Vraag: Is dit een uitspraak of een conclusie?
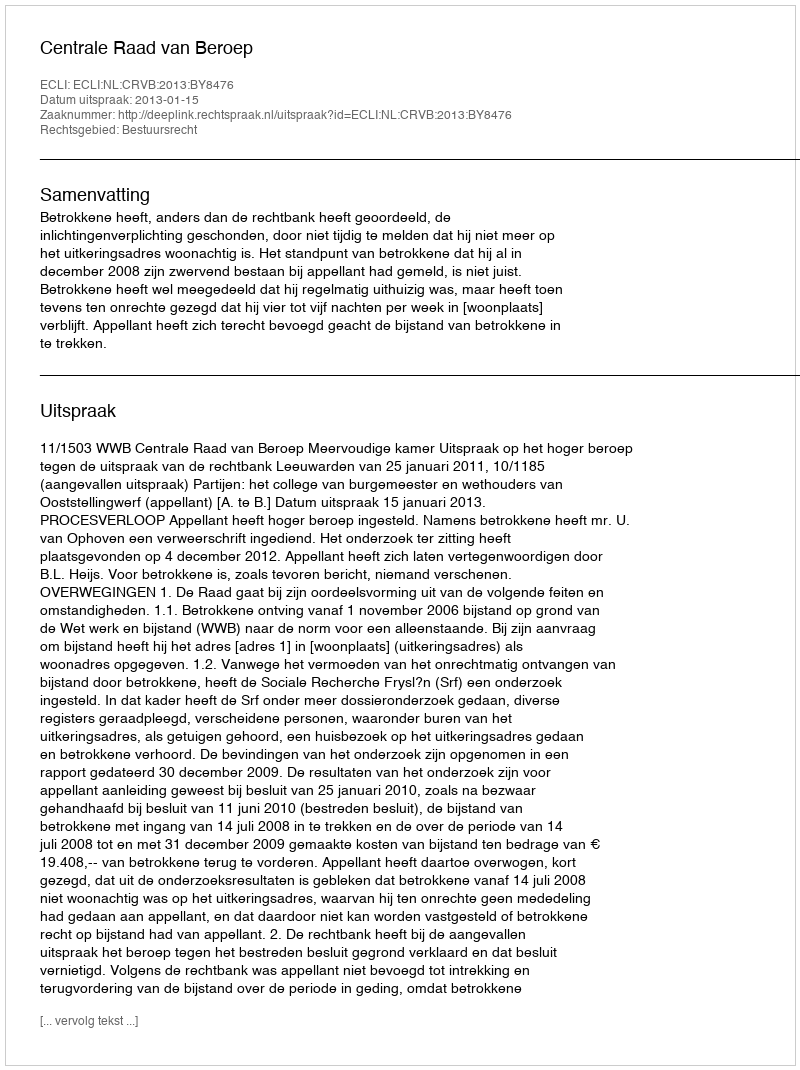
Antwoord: Uitspraak